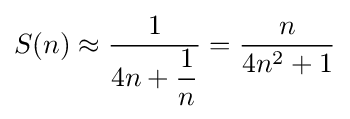
S(n)\approx {\frac {1}{4n+{\dfrac {1}{n}}}}={\frac {n}{4n^{2}+1}}